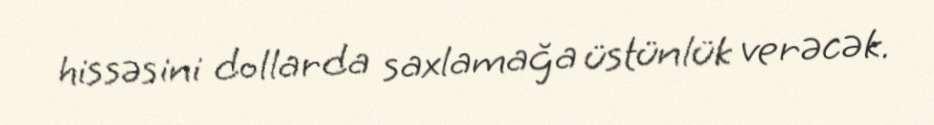
hissəsini dollarda saxlamağa üstünlük verəcək.